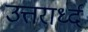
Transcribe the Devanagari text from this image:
उत्तरार्ध्द